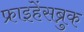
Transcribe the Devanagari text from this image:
फ्राइहेंसब्रुक